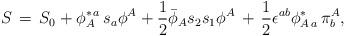
LaTeX: \begin{align*}S \,=\, S_0 + \phi_A^{\ast\,a}\,s_a \phi^A+ {1\over 2} {\bar \phi}_A s_2s_1 \phi^A\,+\,{1\over 2} \epsilon^{ab} \phi_{A\,a}^{\ast}\,\pi^A_b,\end{align*}